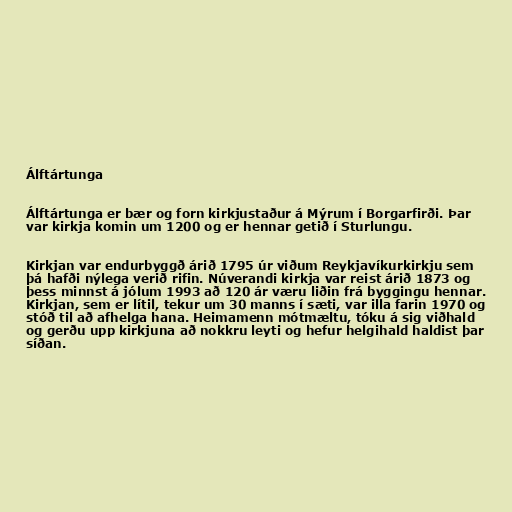
Álftártunga

Álftártunga er bær og forn kirkjustaður á Mýrum í Borgarfirði. Þar
var kirkja komin um 1200 og er hennar getið í Sturlungu.

Kirkjan var endurbyggð árið 1795 úr viðum Reykjavíkurkirkju sem
þá hafði nýlega verið rifin. Núverandi kirkja var reist árið 1873 og
þess minnst á jólum 1993 að 120 ár væru liðin frá byggingu hennar.
Kirkjan, sem er lítil, tekur um 30 manns í sæti, var illa farin 1970 og
stóð til að afhelga hana. Heimamenn mótmæltu, tóku á sig viðhald
og gerðu upp kirkjuna að nokkru leyti og hefur helgihald haldist þar
síðan.